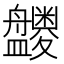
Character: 𪾝